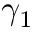
\gamma _ { 1 }